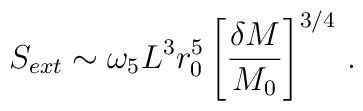
S_{ext} \sim \omega_5 L^3 r_0^5 \left[{{\delta M}\over{M_0}}\right]^{3/4} \, .